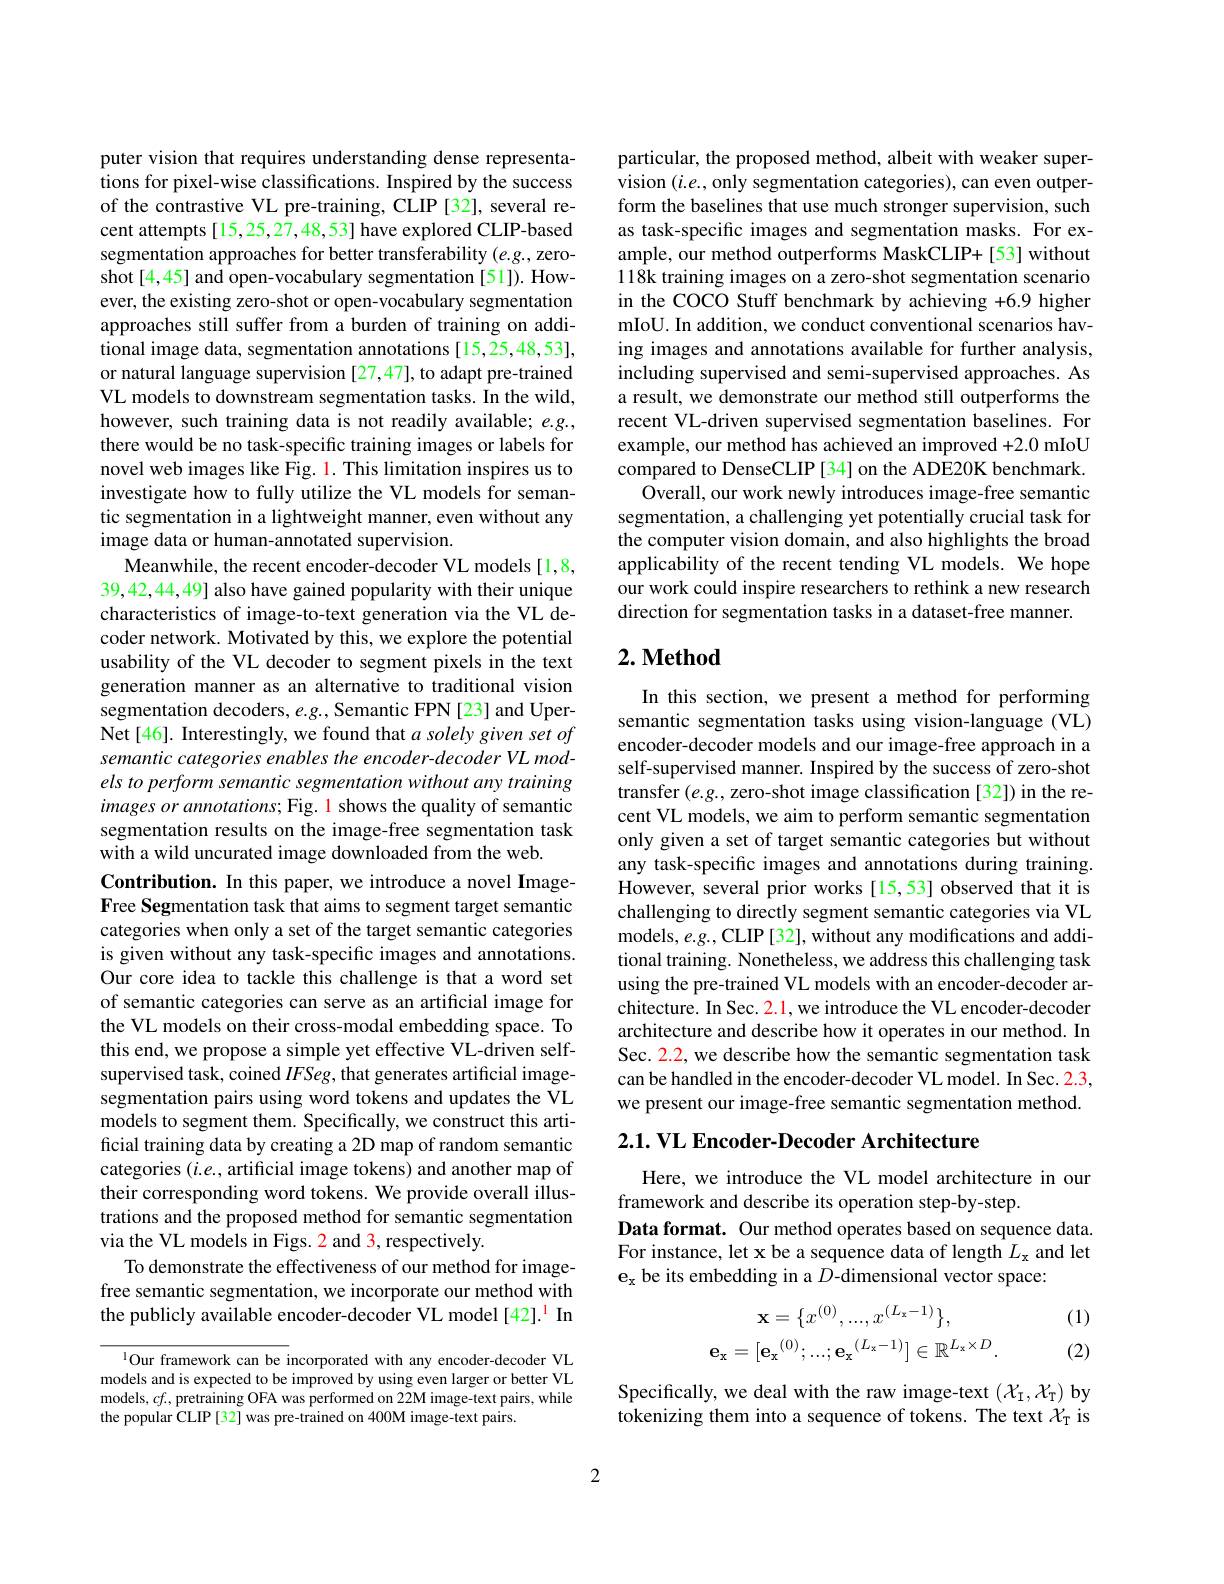
puter vision that requires understanding dense representations for pixel-wise classifications. Inspired by the success of the contrastive VL pre-training, CLIP [32], several recent attempts [ 15, 25, 27, 48, 53] have explored CLIP-based segmentation approaches for better transferability (e.g., zeroshot[4,45] and open-vocabulary segmentation [51]). However, the existing zero-shot or open-vocabulary segmentation approaches still suffer from a burden of training on additional image data, segmentation annotations [15,25,48,53], or natural language supervision [27,47], to adapt pre-trained VL models to downstream segmentation tasks. In the wild, however, such training data is not readily available; $e.g.$, there would be no task-specific training images or labels for novel web images like Fig. 1. This limitation inspires us to investigate how to fully utilize the VL models for semantic segmentation in a lightweight manner, even without any image data or human-annotated supervision.
Meanwhile, the recent encoder-decoder VL models [1,8, 39,42,44,49] also have gained popularity with their unique characteristics of image-to-text generation via the VL decoder network. Motivated by this, we explore the potential usability of the VL decoder to segment pixels in the text generation manner as an alternative to traditional vision segmentation decoders, e.g., Semantic FPN [23] and UperNet[46]. Interestingly, we found that $a\textit{solely given set of}$ semantic categories enables the encoder-decoder VL models to perform semantic segmentation without any training images or annotations; Fig. 1 shows the quality of semantic segmentation results on the image-free segmentation task with a wild uncurated image downloaded from the web.
Contribution. In this paper, we introduce a novel ImageFree Segmentation task that aims to segment target semantic categories when only a set of the target semantic categories is given without any task-specific images and annotations. Our core idea to tackle this challenge is that a word set of semantic categories can serve as an artificial image for the VL models on their cross-modal embedding space. To this end, we propose a simple yet effective VL-driven selfsupervised task, coined $IFSeg$, that generates artificial imagesegmentation pairs using word tokens and updates the VL models to segment them. Specifically, we construct this artificial training data by creating a 2D map of random semantic categories $(i.e.$, artificial image tokens) and another map of their corresponding word tokens. We provide overall illustrations and the proposed method for semantic segmentation via the VL models in Figs. 2 and 3, respectively.
To demonstrate the effectiveness of our method for imagefree semantic segmentation, we incorporate our method with the publicly available encoder-decoder VL model [42].$^{1}$ In

$^{1}$Our framework can be incorporated with any encoder-decoder VL models and is expected to be improved by using even larger or better VL models, $cf.$, pretraining OFA was performed on 22M image-text pairs, while the popular CLIP [32] was pre-trained on 400M image-text pairs.

particular, the proposed method, albeit with weaker supervision $(i.e.$, only segmentation categories), can even outperform the baselines that use much stronger supervision, such as task-specific images and segmentation masks. For example, our method outperforms MaskCLIP+[53] without 118k training images on a zero-shot segmentation scenario in the COCO Stuff benchmark by achieving +6.9 higher mIoU. In addition, we conduct conventional scenarios having images and annotations available for further analysis, including supervised and semi-supervised approaches. As a result, we demonstrate our method still outperforms the recent VL-driven supervised segmentation baselines. For example, our method has achieved an improved +2.0 mIoU compared to DenseCLIP [34] on the ADE20K benchmark.
Overall, our work newly introduces image-free semantic segmentation, a challenging yet potentially crucial task for the computer vision domain, and also highlights the broad applicability of the recent tending VL models. We hope our work could inspire researchers to rethink a new research direction for segmentation tasks in a dataset-free manner.

### $2. \textbf{Method}$

In this section, we present a method for performing semantic segmentation tasks using vision-language (VL) encoder-decoder models and our image-free approach in a self-supervised manner. Inspired by the success of zero-shot transfer $(e.g.$, zero-shot image classification [32]) in the recent VL models, we aim to perform semantic segmentation only given a set of target semantic categories but without any task-specific images and annotations during training. However, several prior works [15,53] observed that it is challenging to directly segment semantic categories via VL models, $e.g.$,CLIP [32], without any modifications and additional training. Nonetheless, we address this challenging task using the pre-trained VL models with an encoder-decoder architecture. In Sec. 2.1, we introduce the VL encoder-decoder architecture and describe how it operates in our method. In Sec. 2.2, we describe how the semantic segmentation task can be handled in the encoder-decoder VL model. In Sec. 2.3, we present our image-free semantic segmentation method.

$2. 1. \textbf{ VL Encoder- Decoder Architecture}$

Here, we introduce the VL model architecture in our
framework and describe its operation step-by-step.
Data format. Our method operates based on sequence data. For instance, let x be a sequence data of length $\hat{L}_{\mathrm{x}}$ and let $e_x$ be its embedding in a $D$-dimensional vector space:

(1)
$$\mathbf{x}=\{x^{(0)},...,x^{(L_{x}-1)}\},\\\mathbf{e_{x}}=[\mathbf{e_{x}}^{(0)};...;\mathbf{e_{x}}^{(L_{x}-1)}]\in\mathbb{R}^{L_{x}\times D}.$$
(2)

Specifically, we deal with the raw image-text $(\mathcal{X}_{\mathrm{I}},\mathcal{X}_{\mathrm{T}})$ by tokenizing them into a sequence of tokens. The text $\mathcal{X}_\mathrm{T}$ is

2